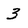
Character: 3